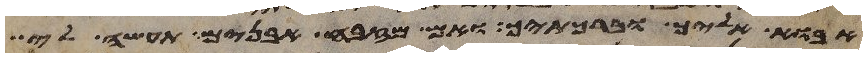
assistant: אבוא אליך וברכתיך ואם מזבח אבנים תעשה לי